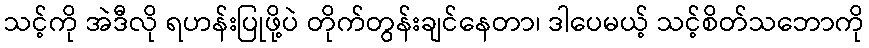
သင့်ကို အဲဒီလို ရဟန်းပြုဖို့ပဲ တိုက်တွန်းချင်နေတာ၊ ဒါပေမယ့် သင့်စိတ်သဘောကို